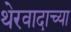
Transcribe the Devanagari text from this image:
थेरवादाच्या